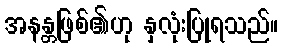
အနန္တဖြစ်၏ဟု နှလုံးပြုရသည်။